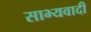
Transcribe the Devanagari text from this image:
साभ्यवादी